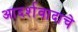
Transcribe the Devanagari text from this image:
आदर्शवादाचे